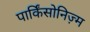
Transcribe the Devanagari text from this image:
पार्किंसोनिज़्म